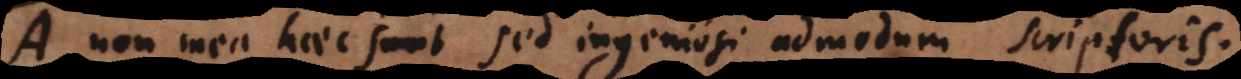
A. Non mea haec sunt, sed ingeniosi admodum scriptoris.